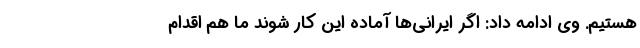
هستیم. وی ادامه داد: اگر ایرانی‌ها آماده این کار شوند ما هم اقدام